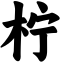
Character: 柠